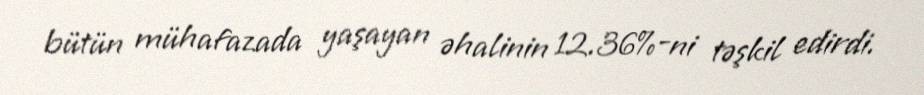
bütün mühafazada yaşayan əhalinin 12.36%-ni təşkil edirdi.